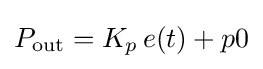
P_{\mathrm {out} }=K_{p}\,{e(t)+p0}